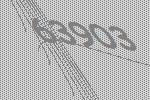
63903